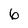
Character: 6